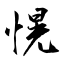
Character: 愰